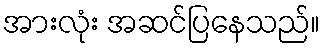
အားလုံး အဆင်ပြနေသည်။